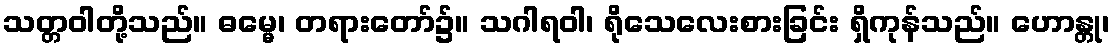
သတ္တဝါတို့သည်။ ဓမ္မေ၊ တရားတော်၌။ သဂါရဝါ၊ ရိုသေလေးစားခြင်း ရှိကုန်သည်။ ဟောန္တု၊